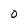
Character: 0